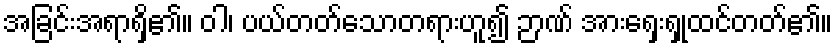
အခြင်းအရာရှိ၏။ ဝါ၊ ပယ်တတ်သောတရားဟူ၍ ဉာဏ် အားရှေးရှုထင်တတ်၏။